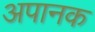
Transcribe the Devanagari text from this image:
अपानक